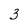
Character: 3